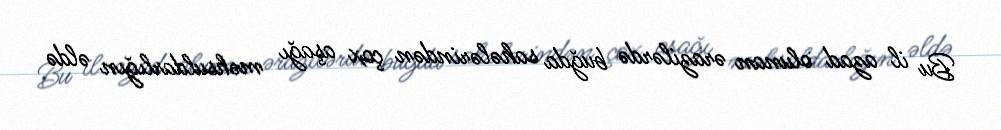
Bu il azad olunan ərazilərdə buğda sahələrindən çox aşağı məhsuldarlığın əldə